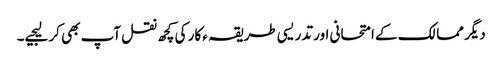
دیگر ممالک کے امتحانی اور تدریسی طریقہ ء کار کی کچھ نقل آپ بھی کر لیجیے۔